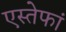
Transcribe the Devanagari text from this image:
एस्तेफां